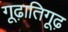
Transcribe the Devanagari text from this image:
गूढ़ातिगूढ़